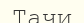
Тачи